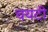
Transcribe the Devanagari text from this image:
चयटी